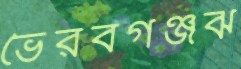
ভৈরবগঞ্জঝ